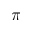
\pi